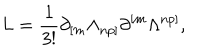
LaTeX: L = { \frac { 1 } { 3 ! } } \partial _ { [ m } \Lambda _ { n p ] } \partial ^ { [ m } \Lambda ^ { n p ] } ,